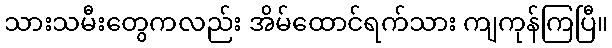
သားသမီးတွေကလည်း အိမ်ထောင်ရက်သား ကျကုန်ကြပြီ။